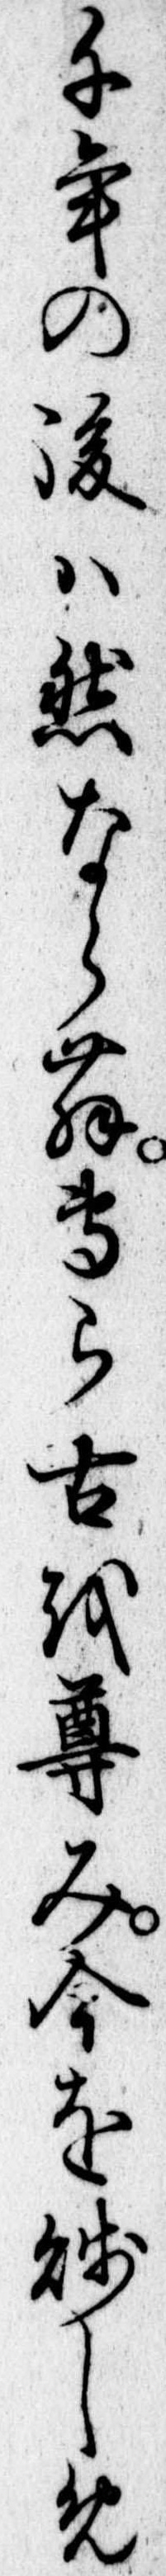
千年の後は然ならむ専ら古を尊み今を賎しめ